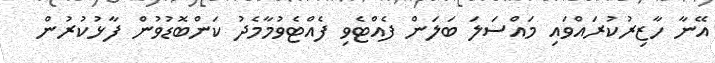
އޭނާ ހާޒިރުކުރައްވައި މައްސަލަ ބަލަން ފެއްޓެވި ފެއްޓެވުމާމެދު ކަންބޮޑުވުން ފާޅުކުރުން